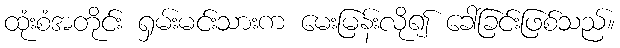
ထုံးစံအတိုင်း ရှမ်းမင်းသားက မေးမြန်းလို၍ ခေါ်ခြင်းဖြစ်သည်။